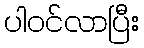
ပါဝင်လာပြီး